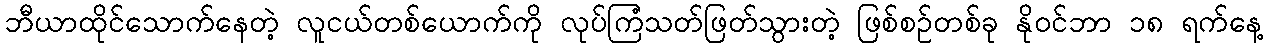
ဘီယာထိုင်သောက်နေတဲ့ လူငယ်တစ်ယောက်ကို လုပ်ကြံသတ်ဖြတ်သွားတဲ့ ဖြစ်စဉ်တစ်ခု နိုဝင်ဘာ ၁၈ ရက်နေ့